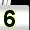
Digit: 5